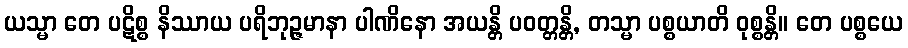
ယသ္မာ တေ ပဋိစ္စ နိဿာယ ပရိဘုဉ္ဇမာနာ ပါဏိနော အယန္တိ ပဝတ္တန္တိ, တသ္မာ ပစ္စယာတိ ဝုစ္စန္တိ။ တေ ပစ္စယေ